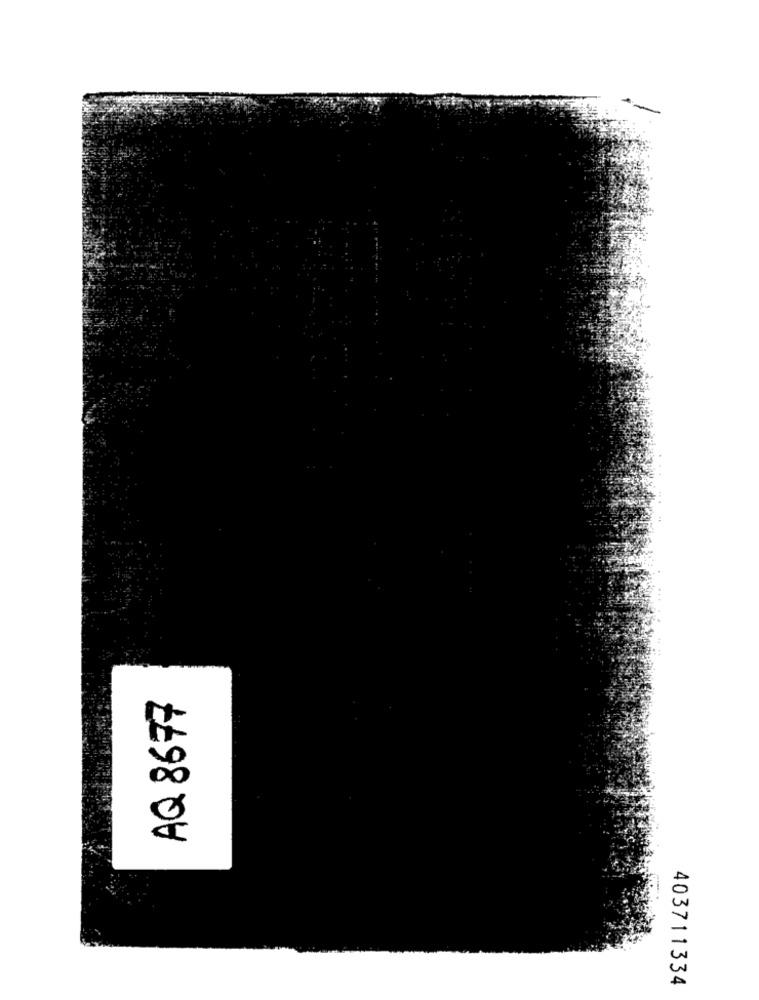
AQ 8677
403711334